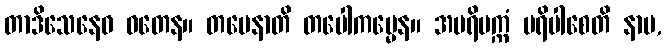
တာဒိသေနေဝ ဝတေန။ တပေနာတိ တပေါကမ္မေန။ အပရိပက္ကံ ပရိပါစေတိ နာမ,